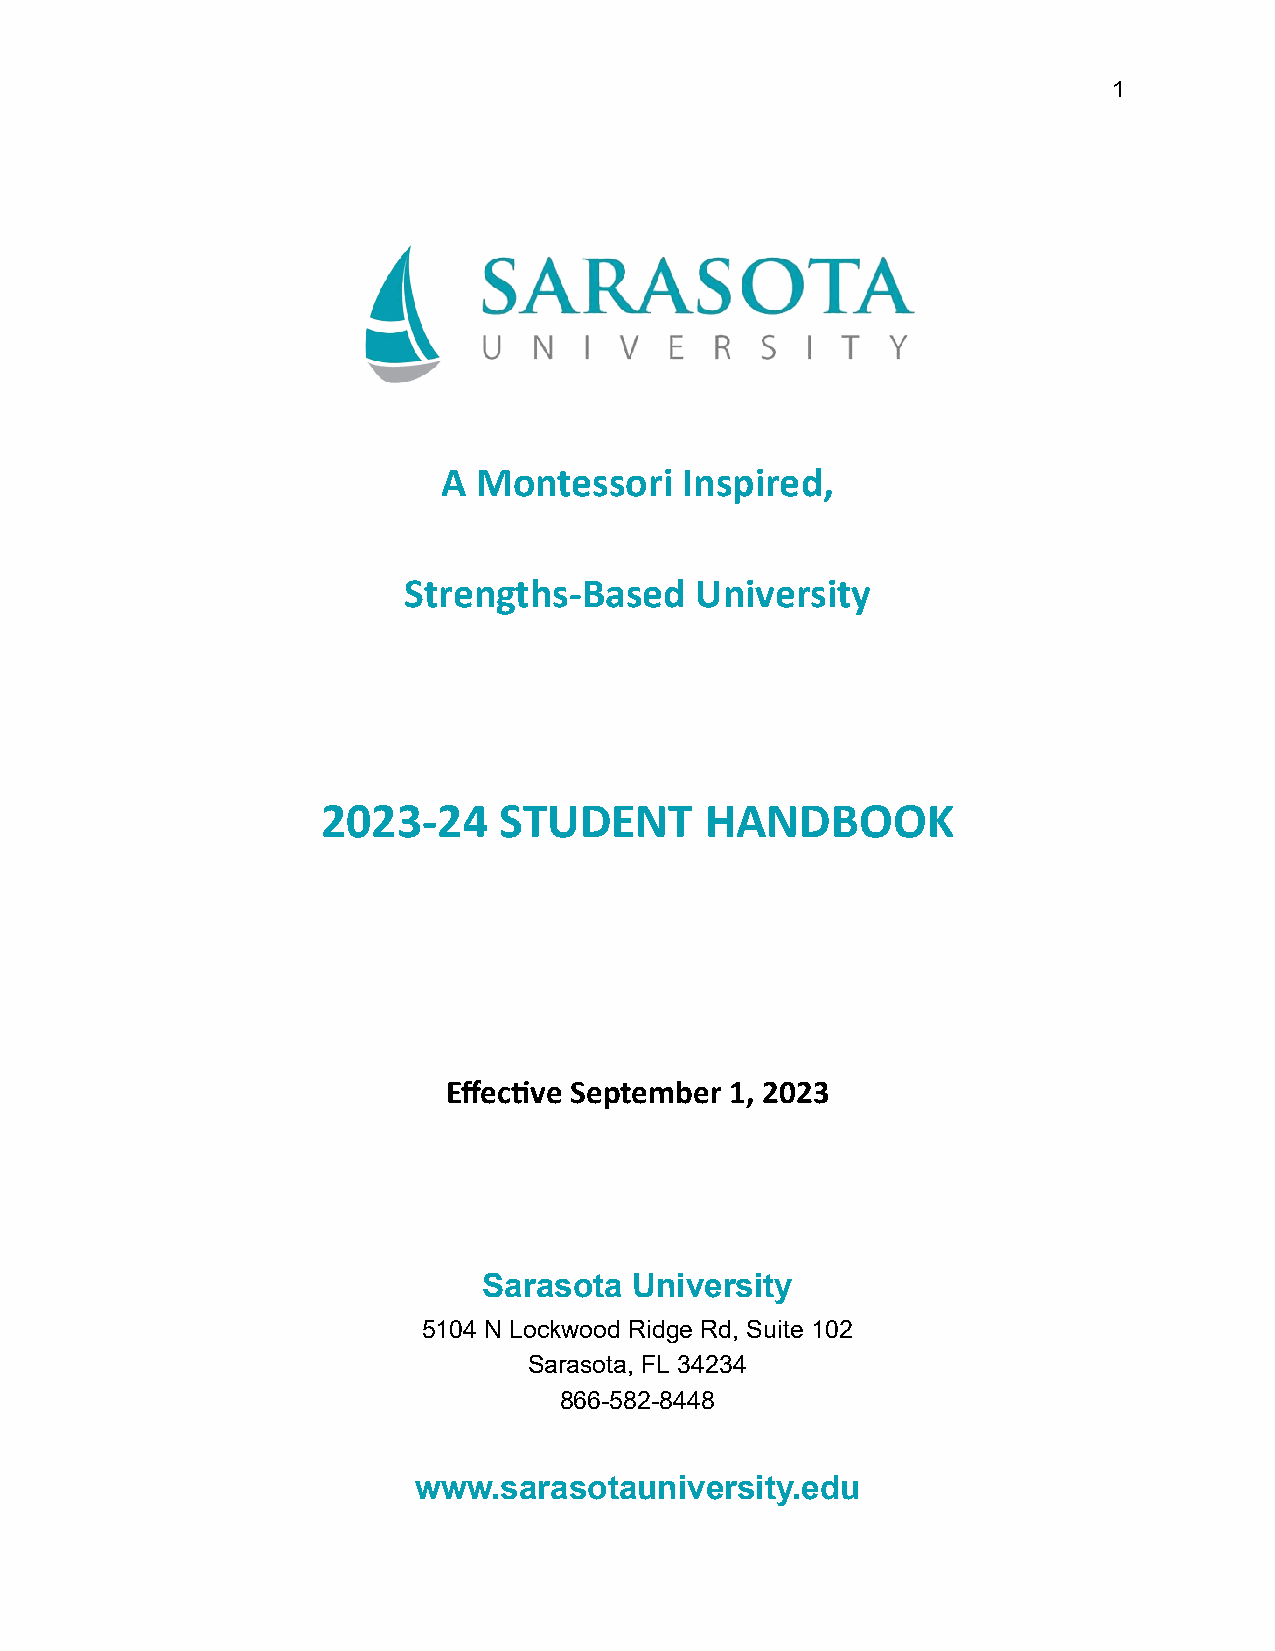
1
 A  Montessori   Inspired,
 Strengths-Based    University
 2023-24     STUDENT       HANDBOOK
 Effecve September 1, 2023
 Sarasota  University
 5104 N Lockwood Ridge Rd, Suite 102
 Sarasota, FL 34234
 866-582-8448
 www.sarasotauniversity.edu